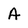
Character: A